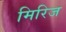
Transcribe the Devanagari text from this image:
मिरिज